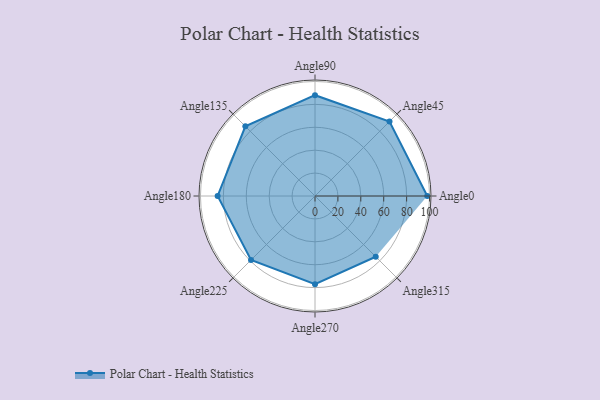
{"axis": {"x": "Angle", "y": "Radius"}, "legend": [""], "data": [{"x": "Angle0", "y": 98.0, "type": ""}, {"x": "Angle45", "y": 92.0, "type": ""}, {"x": "Angle90", "y": 88.0, "type": ""}, {"x": "Angle135", "y": 86.0, "type": ""}, {"x": "Angle180", "y": 85.0, "type": ""}, {"x": "Angle225", "y": 79.0, "type": ""}, {"x": "Angle270", "y": 77.0, "type": ""}, {"x": "Angle315", "y": 75.0, "type": ""}]}